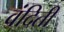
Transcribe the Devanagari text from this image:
वंदिती